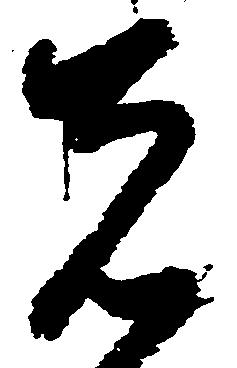
者